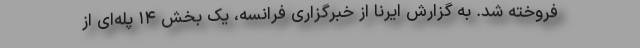
فروخته شد. به گزارش ایرنا از خبرگزاری فرانسه، یک بخش ۱۴ پله‌ای از